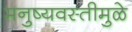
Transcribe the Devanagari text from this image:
मनुष्यवस्तीमुळे